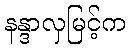
နန္ဒာလှမြင့်က